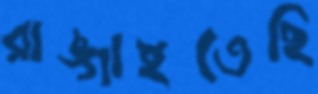
রাঙ্গাইতেছি